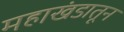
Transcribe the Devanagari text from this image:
महाखंडातून